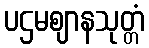
ပဌမဈာနသုတ္တံ